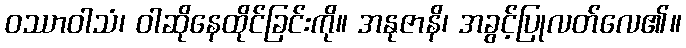
ဝဿာဝါသံ၊ ဝါဆိုနေထိုင်ခြင်းကို။ အနုဇာနိ၊ အခွင့်ပြုလတ်လေ၏။